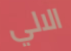
الالي